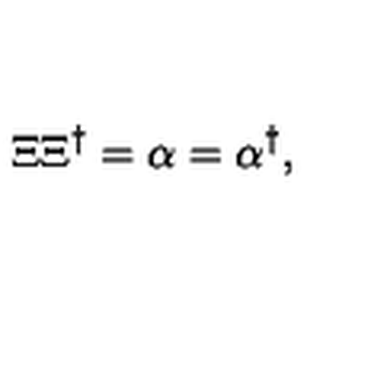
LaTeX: \Xi \Xi ^ { \dagger } = \alpha = \alpha ^ { \dagger } ,